Leaving Certificate, 1896
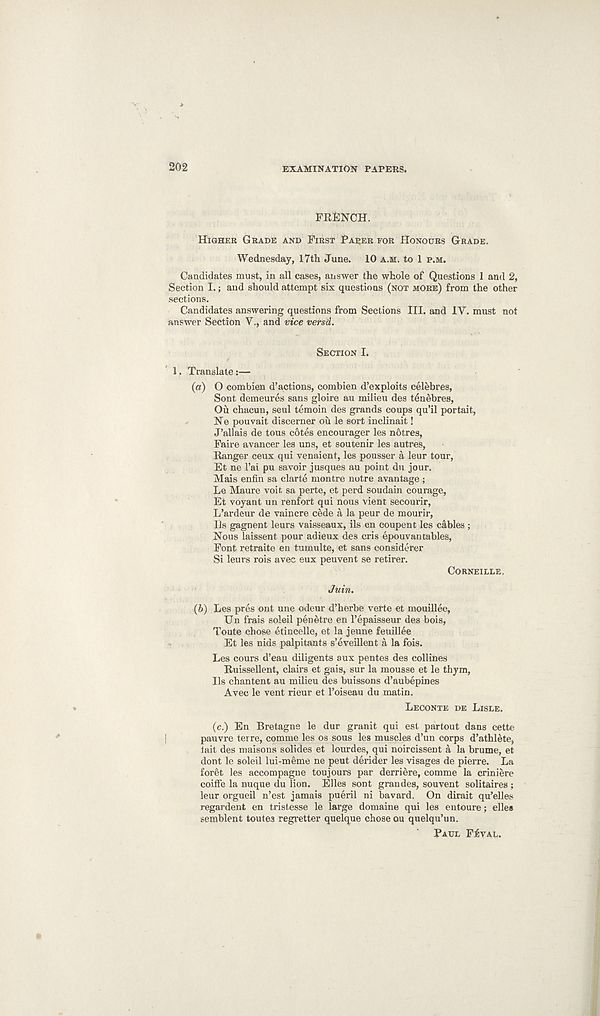
202
EXAMINATION PAPERS.
FRENCH.
HIGHER GRADE AND FIRST PARER FOR HONOURS GRADE.
Wednesday, 17th June. 10 A.M. to 1 P.M.
Candidates must, in all cases, answer the whole of Questions 1 and 2,
Section I.; and should attempt six questions (NOT MORE) from the other
sections.
Candidates answering questions from Sections III. and IV. must not
answer Section V., and vice versa.
SECTION I.
1. Translate:—
{a) O combien d’actions, combien d’exploits celebres,
Sont demeures sans gloire au milieu des tenebres,
Ou chacun, seul temoin des grands coups qu’il portait,
Ne pouvait discerner ou le sort inclinait!
J’allais de tous cotes encourager les notres,
Faire avancer les uns, et soutenir les autres,
Ranger ceux qui venaient, les pousser a leur tour,
Et ne I’ai pu savoir jusques au point du jour.
Mais enfin sa clarte montre notre avantage ;
Le Maure voit sa perte, et perd soudain courage,
Et voyant un renfort qui nous vient secourir,
L’ardeur de vaincre cede a la peur de mourir,
Ils gagnent leurs vaisseaux, ils en coupent les cables ;
Nous laissent pour adieux des cris epouvan tables,
Font retraite en tumulte, et sans considerer
Si leurs rois avec eux peuvent se retirer.
CORNEILLE.
Juin.
(b) Les pres ont une odeur d’herbe verte et mouillec,
Un frais soleil penetre en Tepaisseur des bois,
Toute chose etincelle, et la jeune feuillee
Et les nids palpitants s’eveillent a la fois.
Les cours d’eau diligents aux pentes des collines
Ruissellent, clairs et gais, sur la mousse et le thym,
Ils chantent au milieu des buissons d’aubepines
Avec le vent rieur et 1’oiseau du matin.
LECONTE DE LISLE.
(c.) En Bretagne le dur granit qui est partout dans cette
pauvre terre, comme les os sous les muscles d’un corps d’athlete,
iait des maisons solides et lourdes, qui noircissent a la brume, et
dont le soleil lui-meme ne peut derider les visages de pierre. La
foret les accompagne toujours par derriere, comme la criniere
coiffe la nuque du lion. Elies sont grandes, souvent solitaires ;
leur orgueil n’est jamais pueril ni bavard. On dirait qu’elles
regardent en tristesse le large domaine qui les eutoure; elles
semblent toutes regretter quelque chose ou quelqu’un.
RAUL F£VAL.